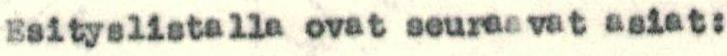
Esityslistalla ovat seuraavat asiat: